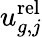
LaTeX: u_{g,j}^{\mathrm{rel}}